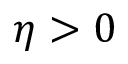
\eta > 0